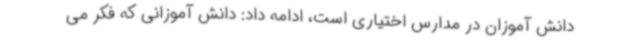
دانش آموزان در مدارس اختیاری است، ادامه داد: دانش آموزانی که فکر می